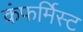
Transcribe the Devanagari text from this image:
कंफर्मिस्ट